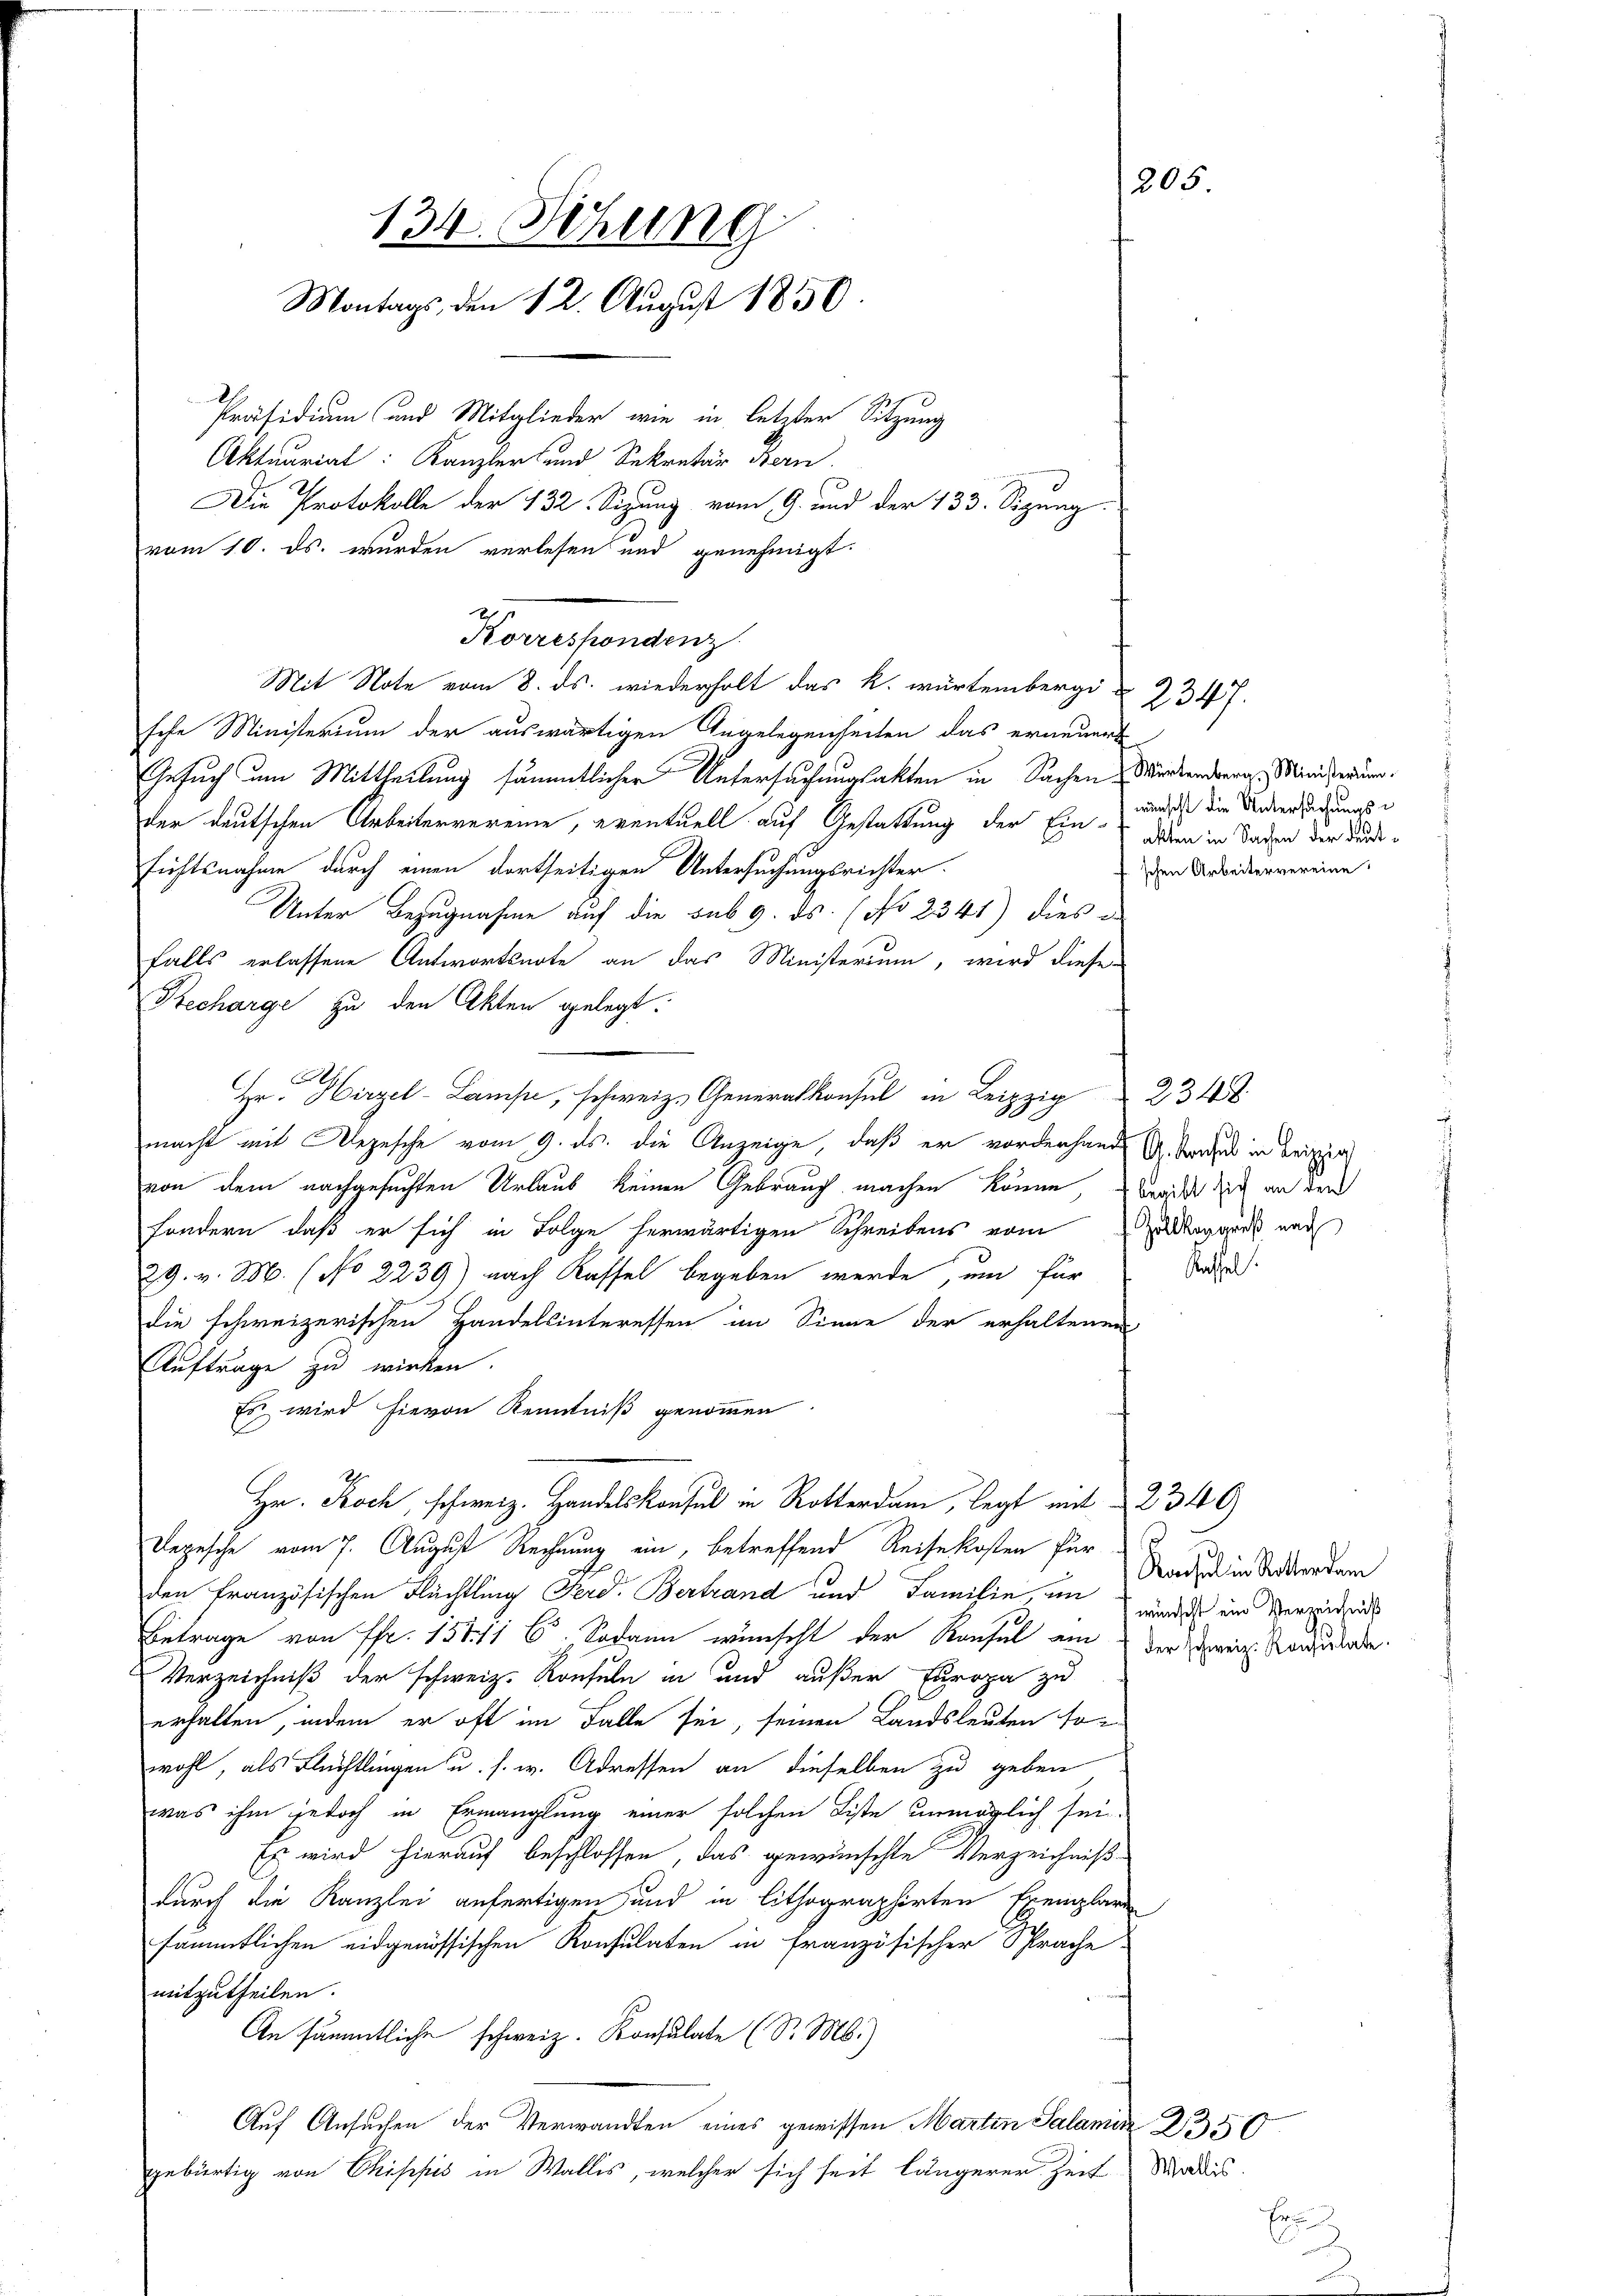
134. Sitzung
Montags, den 12. August 1850.

Präsidium und Mitglieder wie in letzter Sitzung
sche Ministerium der auswärtigen Angelegenheiten das erneuert
Gesuch um Mittheilung sämmtlicher Untersuchungsakten in Sachen Wirkendern Ministerung.
der deutschen Arbeitervereine, eventuell auf Gestattung der Ein dann in Saden der Bundesichtsnahme durch einen dortseitigen Untersuchungsrichter.
Unter Bezugnahme auf die sub 9. ds. (No 2341) dies
falls erlassene Antwortserte an das Ministerium, wird diese
Stecharge zu den Akten gelegt.
Hr. Hirzel 234.
macht mit Depesche vom 9. ds. die Anzeige, daß er vorderhande A. Standes in Beizig
von dem nachgesuchten Urlaub keinen Gebrauch machen könne berist dich an der
sondern, daß er sich in Folge herwärtigen Schreibens vom Podoggroß nach
29. v. M. (No 2239) nach Kassel begeben werde, um für
die schweizerischen Handelsinteressen im Sinne der erhaltenen
Auftrage zu wirken.
Es wird hievon Kenntniß genommen.
Hr. Koch schweiz. Handelskonsul in Rotter, legt mit 236)
Depesche vom 7. August Rechnung ein, betreffend Reisekosten für
den Französischen Flüchtling Ferd. Bertrand und Familie, um wurde ein Versidens
Betrage von Fr. 157. 116. Sodann wünscht der Konsul am der Zweiz. Reinlade.
Verzeichniß der schweiz. Konsuln in und außer Europa zu
erhalten, indem er oft im Falle sei, seinen Landsleuten sowohl, als Flechtlingen u. s. w. Adressen an dieselben zu geben
was ihm jedoch in Ermanglung einer solchen Liste unmöglich sei.
Es wird hierauf beschlossen, das gewünschte Verzeichniß
durch die Kanzlei anfertigen und in lithographirten Exemplare
sämmtlichen eidgenössischen Konsulaten in französischer Sprache.
mitzutheilen.
An sämmtliche schweiz. Konsulate (S. M.)
Auf Ansuchen der Verwandten eines gewissen Marten Salamia 2350
gebürtig von Chippis in Wallis, welcher sich seit längerer Zeit Madies

Aktuariat: Kanzler und Sekretär Bern.
Die Protokolle der 132 Sizung vom 9. und der 133. Sizung
vom 10. ds. wurden verlesen und genehmigt.

Korrespondenz
Mit Note vom 8. ds. wiederholt das k. würtembergi¬

205.

wünscht die Untersuchungsschen Arbeitervereine

2347.

Kassel

Rachel in Rotter dem

Er